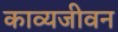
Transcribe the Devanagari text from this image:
काव्यजीवन